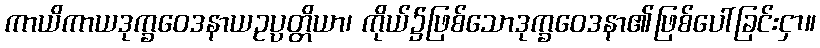
ကာယိကာယဒုက္ခဝေဒနာယဥပ္ပတ္တိယာ၊ ကိုယ်၌ဖြစ်သောဒုက္ခဝေဒနာ၏ဖြစ်ပေါ်ခြင်းငှာ။